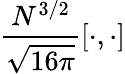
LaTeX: \frac{N^{3/2}}{\sqrt{16\pi}}[\cdot,\cdot]